Leucocytozoon canis - Number 26
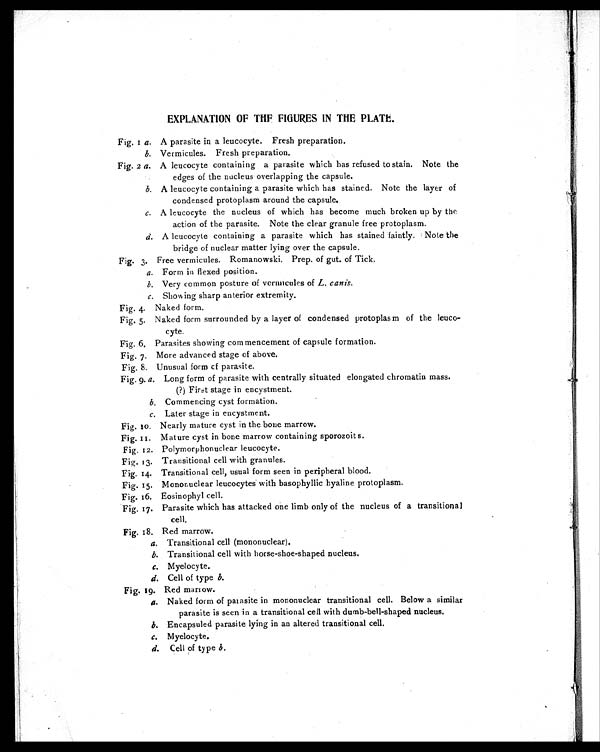
EXPLANATION OF THE FIGURES IN THE PLATE.
Fig. 1 a. A parasite in a leucocyte. Fresh preparation.
b. Vermicules. Fresh preparation.
Fig. 2 a. A leucocyte containing a parasite which has refused to stain. Note the
edges of the nucleus overlapping the capsule.
b. A leucocyte containing a parasite which has stained. Note the layer of
condensed protoplasm around the capsule.
c. A leucocyte the nucleus of which has become much broken up by the
action of the parasite. Note the clear granule free protoplasm.
d. A leucocyte containing a parasite which has stained faintly. Note the
bridge of nuclear matter lying over the capsule.
Fig. 3. Free vermicules. Romanowski. Prep. of gut. of Tick.
a. Form in flexed position.
b. Very common posture of vermicules of L. canis.
c. Showing sharp anterior extremity.
Fig. 4. Naked form.
Fig. 5. Naked form surrounded by a layer of condensed protoplasm of the leuco-
cyte.
Fig. 6. Parasites showing commencement of capsule formation.
Fig. 7. More advanced stage of above.
Fig. 8. Unusual form of parasite.
Fig. 9. a. Long form of parasite with centrally situated elongated chromatin mass.
(?) First stage in encystment.
b. Commencing cyst formation.
c. Later stage in encystment.
Fig. 10. Nearly mature cyst in the bone marrow.
Fig. 11. Mature cyst in bone marrow containing sporozoits.
Fig. 12. Polymorphonuclear leucocyte.
Fig. 13. Transitional cell with granules.
Fig. 14. Transitional cell, usual form seen in peripheral blood.
Fig. 15. Mononuclear leucocytes with basophyllic hyaline protoplasm.
Fig. 16. Eosinophyl cell.
Fig. 17. Parasite which has attacked one limb only of the nucleus of a transitional
cell.
Fig. 18. Red marrow.
a. Transitional cell (mononuclear).
b. Transitional cell with horse-shoe-shaped nucleus.
c . M y e l o c y t e .
d. Cel l of t ype b.
Fig. 19. Red marrow.
a. Naked form of parasite in mononuclear transitional cell. Below a similar
parasite is seen in a transitional cell with dumb-bell-shaped nucleus.
b. Encapsuled parasite lying in an altered transitional cell.
c . M y e l o c y t e .
d. Cel l of t ype b.